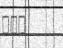
٢٢٤